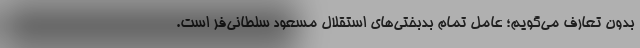
بدون تعارف می‌گویم؛ عامل تمام بدبختی‌های استقلال مسعود سلطانی‌فر است.